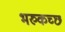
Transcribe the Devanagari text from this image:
भरुकच्छ